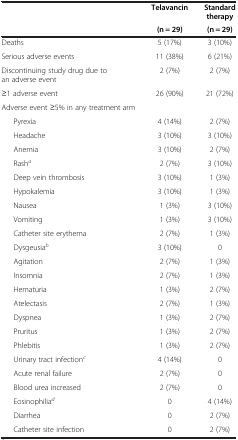
|  | Telavancin | Standard therapy |
 |  | (n = 29) | (n = 29) |
 | --- | --- | --- |
 | Deaths | 5 (17%) | 3 (10%) |
 | Serious adverse events | 11 (38%) | 6 (21%) |
 | Discontinuing study drug due to an adverse event | 2 (7%) | 2 (7%) |
 | ≥1 adverse event | 26 (90%) | 21 (72%) |
 | Adverse event ≥5% in any treatment arm |  |  |
 | Pyrexia | 4 (14%) | 2 (7%) |
 | Headache | 3 (10%) | 3 (10%) |
 | Anemia | 3 (10%) | 2 (7%) |
 | Rasha | 2 (7%) | 3 (10%) |
 | Deep vein thrombosis | 3 (10%) | 1 (3%) |
 | Hypokalemia | 3 (10%) | 1 (3%) |
 | Nausea | 1 (3%) | 3 (10%) |
 | Vomiting | 1 (3%) | 3 (10%) |
 | Catheter site erythema | 2 (7%) | 1 (3%) |
 | Dysgeusiab | 3 (10%) | 0 |
 | Agitation | 2 (7%) | 1 (3%) |
 | Insomnia | 2 (7%) | 1 (3%) |
 | Hematuria | 1 (3%) | 2 (7%) |
 | Atelectasis | 2 (7%) | 1 (3%) |
 | Dyspnea | 1 (3%) | 2 (7%) |
 | Pruritus | 1 (3%) | 2 (7%) |
 | Phlebitis | 1 (3%) | 2 (7%) |
 | Urinary tract infectionc | 4 (14%) | 0 |
 | Acute renal failure | 2 (7%) | 0 |
 | Blood urea increased | 2 (7%) | 0 |
 | Eosinophiliad | 0 | 4 (14%) |
 | Diarrhea | 0 | 2 (7%) |
 | Catheter site infection | 0 | 2 (7%) |